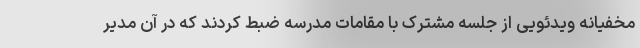
مخفیانه ویدئویی از جلسه مشترک با مقامات مدرسه ضبط کردند که در آن مدیر